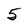
Character: 5